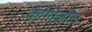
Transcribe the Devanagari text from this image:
कांगोलीस